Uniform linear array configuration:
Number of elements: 48
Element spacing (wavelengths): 0.5
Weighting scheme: kaiser
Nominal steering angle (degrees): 45
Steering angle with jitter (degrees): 46.003
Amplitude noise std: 0.05
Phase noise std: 0.05

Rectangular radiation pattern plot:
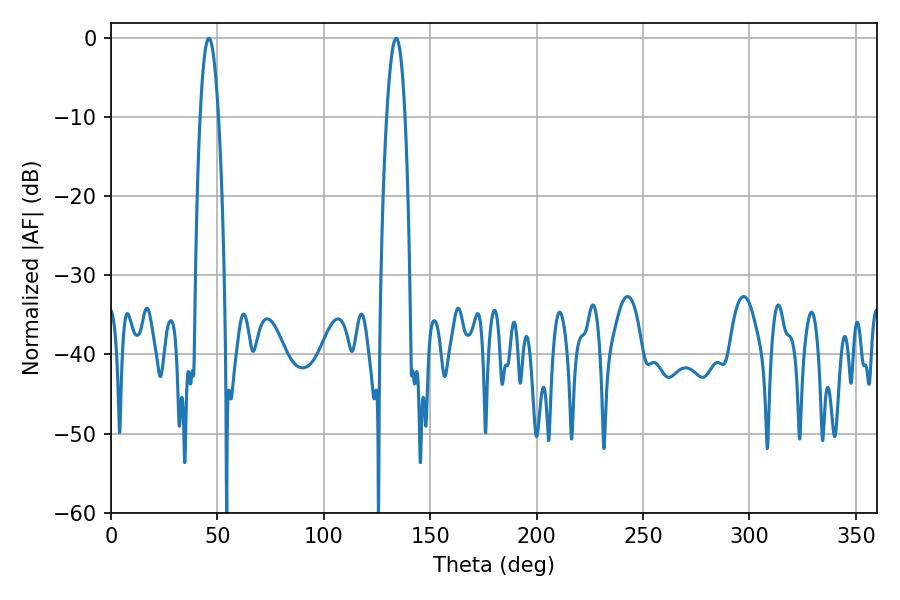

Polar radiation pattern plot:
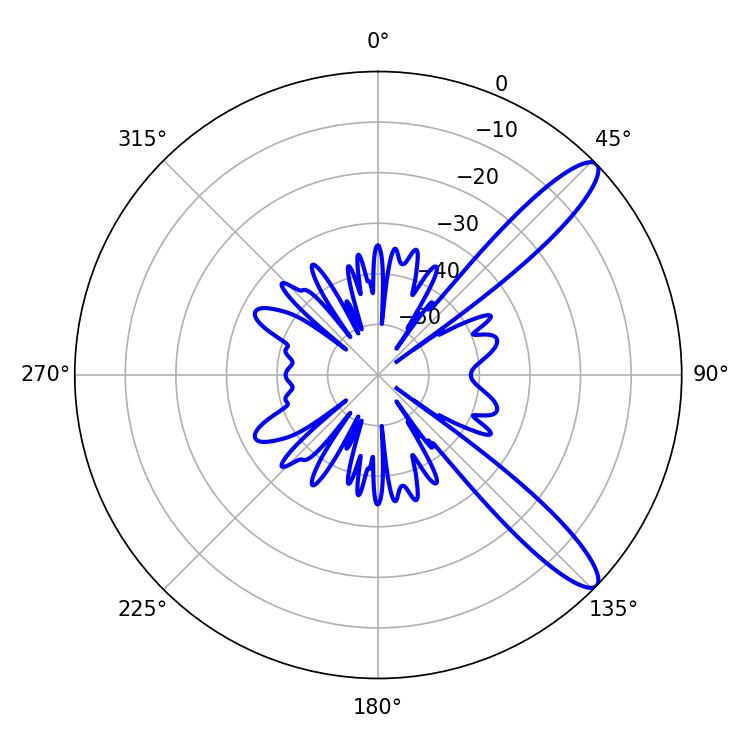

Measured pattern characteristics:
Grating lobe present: FALSE
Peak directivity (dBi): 11.894
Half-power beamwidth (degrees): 4.68
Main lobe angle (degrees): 133.92